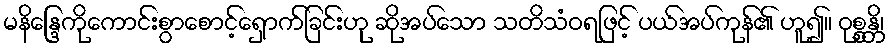
မနိန္ဒြေကိုကောင်းစွာစောင့်ရှောက်ခြင်းဟု ဆိုအပ်သော သတိသံဝရဖြင့် ပယ်အပ်ကုန်၏ ဟူ၍။ ဝုစ္စန္တိ၊